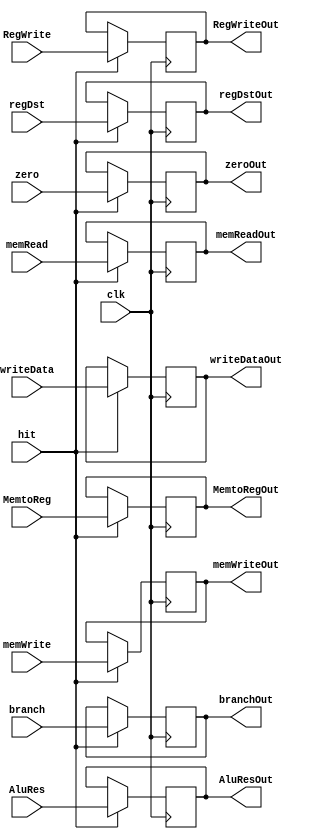
`timescale 1ns / 1ps
//////////////////////////////////////////////////////////////////////////////////
// Company: 
// Engineer: 
// 
// Design Name: 
// Module Name:    EXMEM 
// Project Name: 
// Target Devices: 
// Tool versions: 
// Description: 
//
// Dependencies: 
//
// Revision: 
// Revision 0.01 - File Created
// Additional Comments: 
//
//////////////////////////////////////////////////////////////////////////////////
module EXMEM(
input RegWrite, 
input MemtoReg,
input memRead,
input memWrite,
input branch,
input zero,
input [31:0]AluRes,
input [31:0]writeData,
input [4:0]regDst,
input hit,
input clk,
output reg RegWriteOut, 
output reg MemtoRegOut,
output reg memReadOut,
output reg memWriteOut,
output reg branchOut,
output reg zeroOut,
output reg [31:0]AluResOut,
output reg [31:0]writeDataOut,
output reg [4:0]regDstOut
    );
	 
	 always@(negedge clk)begin
		if (hit == 1) 
		begin
		 RegWriteOut = RegWrite; 
		 MemtoRegOut = MemtoReg;
	    memReadOut = memRead;
		 memWriteOut = memWrite;
		 branchOut = branch;
		 zeroOut = zero;
		 AluResOut = AluRes;
		 writeDataOut = writeData;
		 regDstOut = regDst;
		end
	 end

endmodule